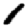
Digit: 1